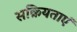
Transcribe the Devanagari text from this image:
सक्रियताएं